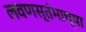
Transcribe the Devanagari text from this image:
लवणस्तंभाच्या